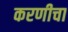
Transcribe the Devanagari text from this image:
करणीचा